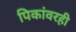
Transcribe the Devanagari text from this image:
पिकांवरही